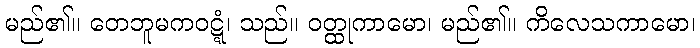
မည်၏။ တေဘူမကဝဋ္ဋံ၊ သည်။ ဝတ္ထုကာမော၊ မည်၏။ ကိလေသကာမော၊